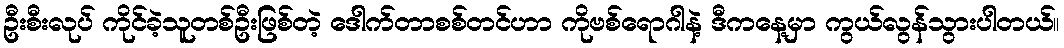
ဦးစီးလုပ် ကိုင်ခဲ့သူတစ်ဦးဖြစ်တဲ့ ဒေါက်တာစစ်တင်ဟာ ကိုဗစ်ရောဂါနဲ့ ဒီကနေ့မှာ ကွယ်လွန်သွားပါတယ်။